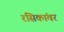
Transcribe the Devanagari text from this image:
रसिकांवर